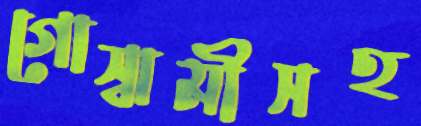
গোস্বামীসহ